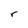
Character: r